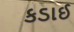
કડાઈ